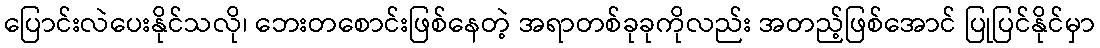
ပြောင်းလဲပေးနိုင်သလို၊ ဘေးတစောင်းဖြစ်နေတဲ့ အရာတစ်ခုခုကိုလည်း အတည့်ဖြစ်အောင် ပြုပြင်နိုင်မှာ